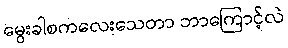
မွေးခါစကလေးသေတာ ဘာကြောင့်လဲ